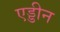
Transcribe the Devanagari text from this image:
एड्डीन